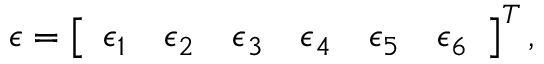
\epsilon = \left[ \begin{array} { l l l l l l } { \epsilon _ { 1 } } & { \epsilon _ { 2 } } & { \epsilon _ { 3 } } & { \epsilon _ { 4 } } & { \epsilon _ { 5 } } & { \epsilon _ { 6 } } \end{array} \right] ^ { T } ,